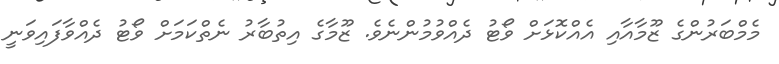
މެމްބަރުންގެ ޒޫމާއާއި އެއްކޮޅަށް ވޯޓު ދެއްވުމުންނެވެ. ޒޫމާގެ އިތުބާރު ނެތްކަމަށް ވޯޓު ދެއްވާފައިވަނީ